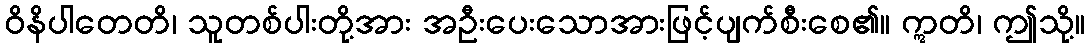
ဝိနိပါတေတိ၊ သူတစ်ပါးတို့အား အဦးပေးသောအားဖြင့်ပျက်စီးစေ၏။ ဣတိ၊ ဤသို့။